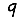
Digit: 9